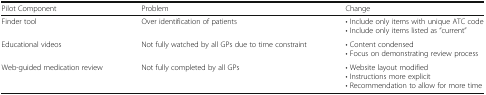
| Pilot Component | Problem | Change |
 | --- | --- | --- |
 | Finder tool | Over identification of patients | • Include only items with unique ATC code• Include only items listed as “current” |
 | Educational videos | Not fully watched by all GPs due to time constraint | • Content condensed• Focus on demonstrating review process |
 | Web-guided medication review | Not fully completed by all GPs | • Website layout modified• Instructions more explicit• Recommendation to allow for more time |